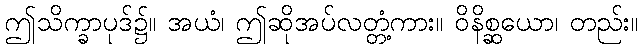
ဤသိက္ခာပုဒ်၌။ အယံ၊ ဤဆိုအပ်လတ္တံ့ကား။ ဝိနိစ္ဆယော၊ တည်း။